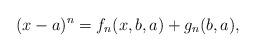
LaTeX: \begin{align*} (x-a)^n = f_n(x,b,a) + g_n(b,a),\end{align*}